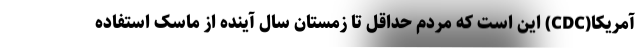
آمریکا(CDC) این است که مردم حداقل تا زمستان سال آینده از ماسک استفاده